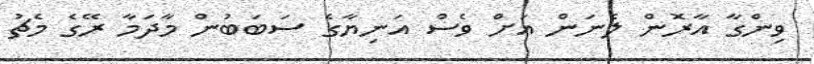
ވިންގާ އާރޮން ލެނަން އަށް ވެސް އަނިޔާގެ ސަބަބުން މާދަމާ ރޭގެ މެޗު